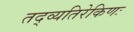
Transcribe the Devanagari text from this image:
तद्व्यतिरेकिणः